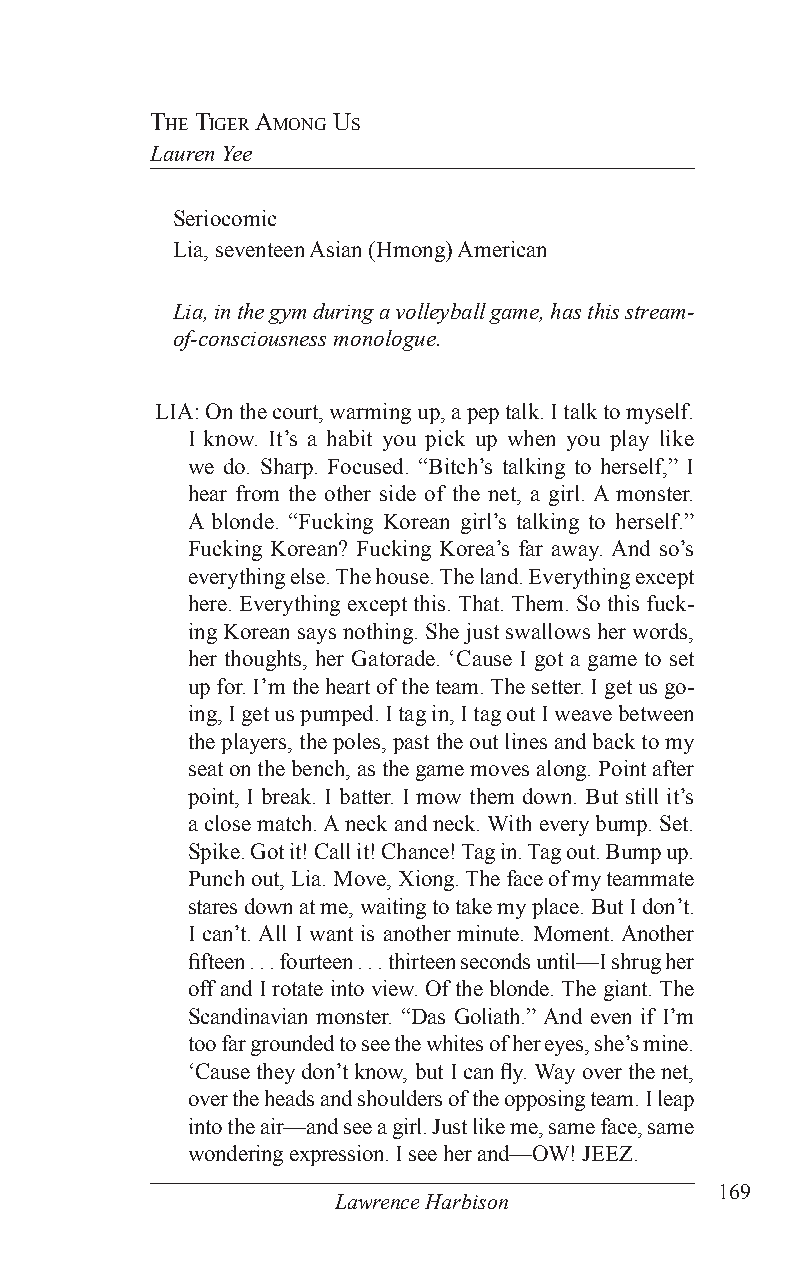
The Tiger among us
 Lauren Yee
 Seriocomic
 Lia, seventeen Asian (Hmong) American
 Lia, in the gym during a volleyball game, has this stream-
 of-consciousness monologue.
 LIA: On the court, warming up, a pep talk. I talk to myself.
 I know. It’s a habit you pick up when you play like
 we do. Sharp. Focused. “Bitch’s talking to herself,” I
 hear from the other side of the net, a girl. A monster.
 A blonde. “Fucking Korean girl’s talking to herself.”
 Fucking Korean? Fucking Korea’s far away. And so’s
 everything else. The house. The land. Everything except
 here. Everything except this. That. Them. So this fuck-
 ing Korean says nothing. She just swallows her words,
 her thoughts, her Gatorade. ‘Cause I got a game to set
 up for. I’m the heart of the team. The setter. I get us go-
 ing, I get us pumped. I tag in, I tag out I weave between
 the players, the poles, past the out lines and back to my
 seat on the bench, as the game moves along. Point after
 point, I break. I batter. I mow them down. But still it’s
 a close match. A neck and neck. With every bump. Set.
 Spike. Got it! Call it! Chance! Tag in. Tag out. Bump up.
 Punch out, Lia. Move, Xiong. The face of my teammate
 stares down at me, waiting to take my place. But I don’t.
 I can’t. All I want is another minute. Moment. Another
 fifteen . . . fourteen . . . thirteen seconds until—I shrug her
 off and I rotate into view. Of the blonde. The giant. The
 Scandinavian monster. “Das Goliath.” And even if I’m
 too far grounded to see the whites of her eyes, she’s mine.
 ‘Cause they don’t know, but I can fly. Way over the net,
 over the heads and shoulders of the opposing team. I leap
 into the air—and see a girl. Just like me, same face, same
 wondering expression. I see her and—OW! JEEZ.
 169
 Lawrence Harbison